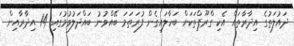
ދައުލަތުގެ އިދާރާތައް އެކި ގްރޫޕްތަކަށް ބަހާލައިގެން ފުރަތަމަ ބޭއްވުނު ބައްދަލުވުމުގައި 14 އިދާރާއިން